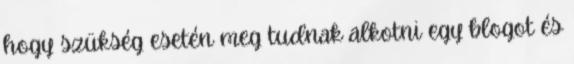
hogy szükség esetén meg tudnak alkotni egy blogot és